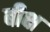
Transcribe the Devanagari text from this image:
बीक्ष